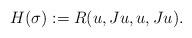
LaTeX: \begin{align*}H(\sigma) := R(u, Ju, u, Ju).\end{align*}